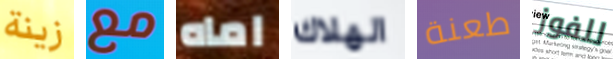
زينة مع اماه الهلاك طعنة للفوز